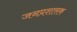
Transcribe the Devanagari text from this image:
जनप्रशासक